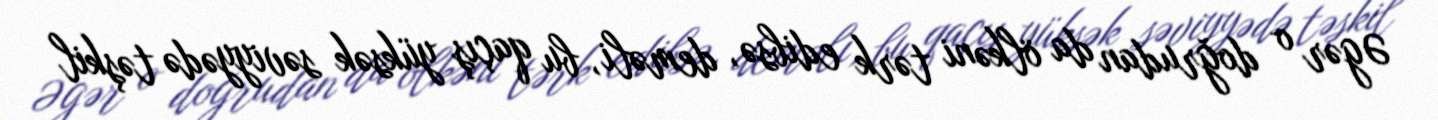
Əgər o doğrudan da ölkəni tərk edibsə, deməli, bu qaçış yüksək səviyyədə təşkil